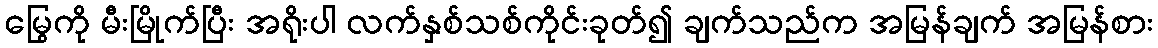
မြွေကို မီးမြိုက်ပြီး အရိုးပါ လက်နှစ်သစ်ကိုင်းခုတ်၍ ချက်သည်က အမြန်ချက် အမြန်စား